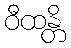
ဝီထန္တိ